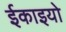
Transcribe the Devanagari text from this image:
ईकाइयो